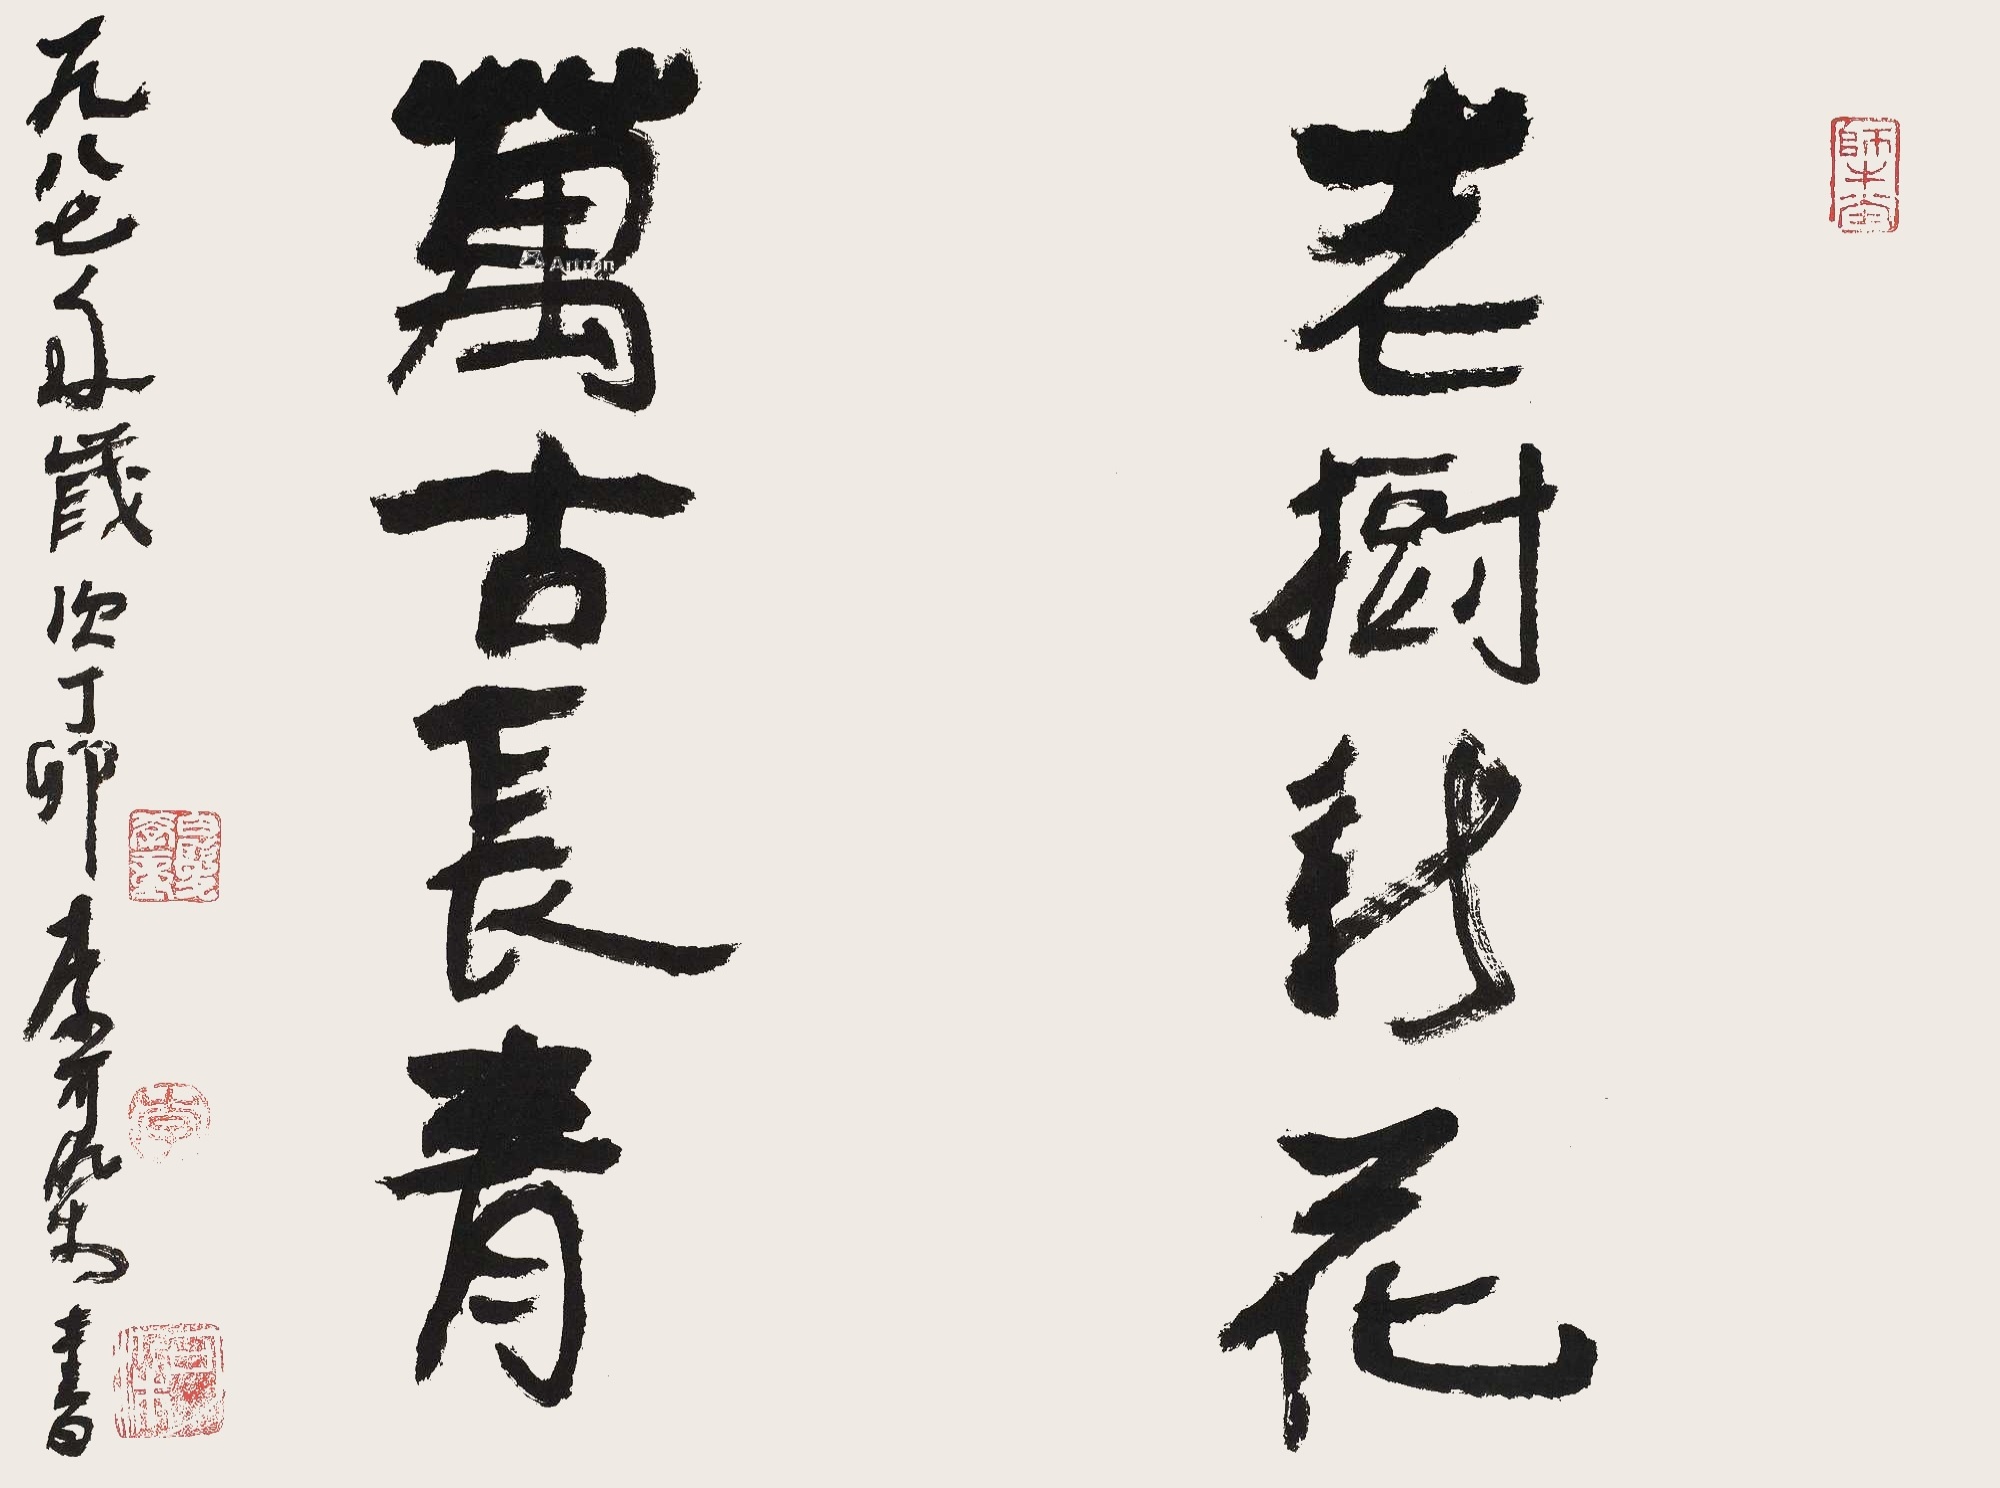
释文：老树新花，万古长青。一九八七年岁次丁卯，李可染书。